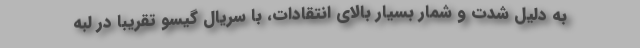
به دلیل شدت و شمار بسیار بالای انتقادات، با سریال گیسو تقریبا در لبه